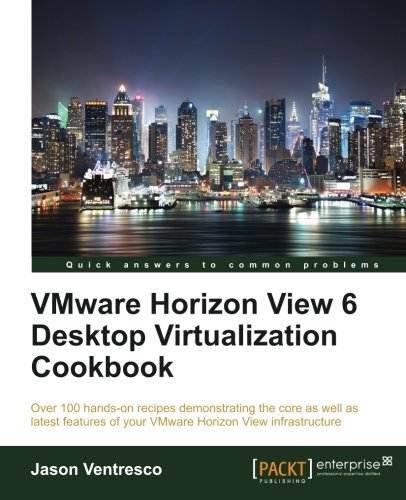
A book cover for VMWare Horizon View 6.0 Desktop Virtualization Cookbook; Jason Ventresco; Computers & Technology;